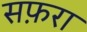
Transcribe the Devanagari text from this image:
सफ़रा